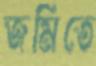
জমিতে